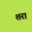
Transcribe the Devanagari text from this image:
शरा